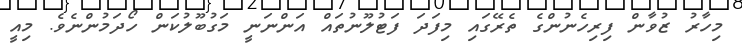
މިހާރު ޒުވާން ފިރިހެނުންގެ ތެރޭގައި މިފަދަ ފަޓުލޫނުތައް އަންނަނީ މަގުބޫލުކަން ހޯދަމުންނެވެ. މިއީ